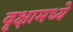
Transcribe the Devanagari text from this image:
वृक्षामध्ये